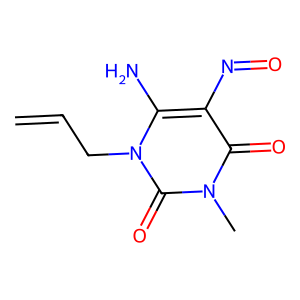
SMILES: C=CCn1c(N)c(N=O)c(=O)n(C)c1=O
Inhibits HIV replication: No